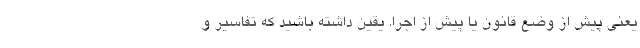
یعنی پیش از وضع قانون یا پیش از اجرا. یقین داشته باشید که تفاسیر و